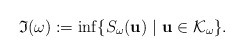
\begin{align*}\mathfrak{I}(\omega) := \inf \{ S_\omega({\bf u} ) \ |\ {\bf u} \in \mathcal{K}_\omega \}.\end{align*}